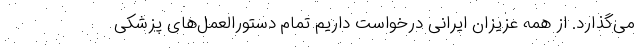
می‌گذارد. از همه عزیزان ایرانی درخواست داریم تمام دستورالعمل‌های پزشکی